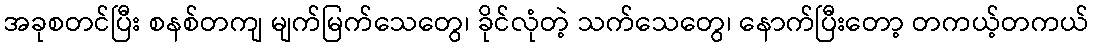
အခုစတင်ပြီး စနစ်တကျ မျက်မြက်သေတွေ၊ ခိုင်လုံတဲ့ သက်သေတွေ၊ နောက်ပြီးတော့ တကယ့်တကယ်